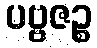
ပဗ္ဗဇဉ္စ